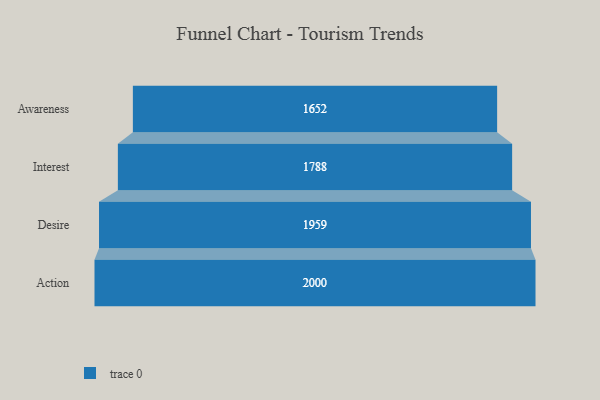
{"axis": {"x": "Stage", "y": "Value"}, "legend": [""], "data": [{"x": "Awareness", "y": 1652.0, "type": ""}, {"x": "Interest", "y": 1788.0, "type": ""}, {"x": "Desire", "y": 1959.0, "type": ""}, {"x": "Action", "y": 2000, "type": ""}]}